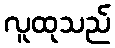
လူထုသည်